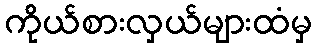
ကိုယ်စားလှယ်များထံမှ